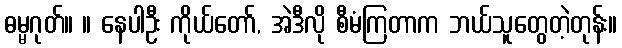
ဓမ္မဂုတ်။ ။ နေပါဦး ကိုယ်တော်, အဲဒီလို စီမံကြတာက ဘယ်သူတွေတဲ့တုန်း။